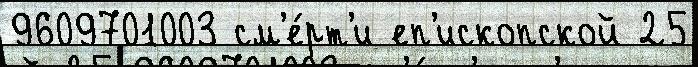
9609701003 см'е́рт'и еп'ископской 25